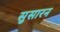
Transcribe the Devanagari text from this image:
सुसारन